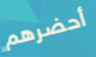
أحضرهم